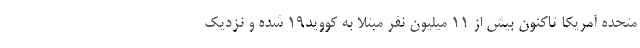
متحده آمریکا تاکنون بیش از 11 میلیون نفر مبتلا به کووید19 شده و نزدیک